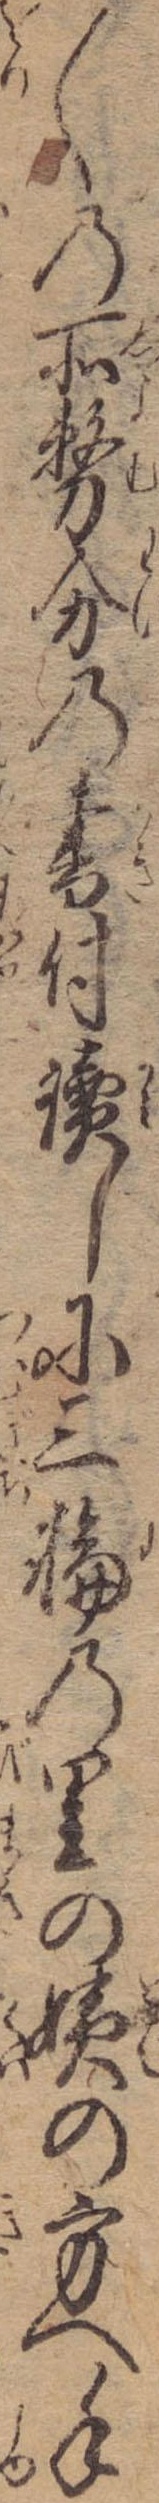
〱の所務分の書付読しに三輪の里の姨の方へ手